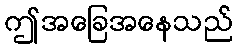
ဤအခြေအနေသည်